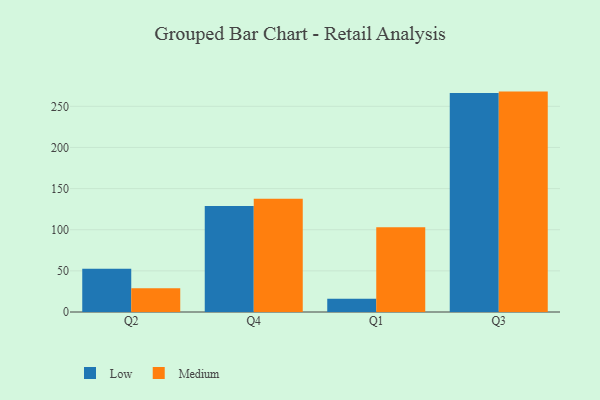
{"axis": {"x": "Quarter", "y": "Waste Production (Tons)"}, "legend": ["Low", "Medium"], "data": [{"x": "Q2", "y": 52.7, "type": "Low"}, {"x": "Q2", "y": 29.0, "type": "Medium"}, {"x": "Q4", "y": 128.8, "type": "Low"}, {"x": "Q4", "y": 137.8, "type": "Medium"}, {"x": "Q1", "y": 16.2, "type": "Low"}, {"x": "Q1", "y": 103.1, "type": "Medium"}, {"x": "Q3", "y": 266.2, "type": "Low"}, {"x": "Q3", "y": 267.9, "type": "Medium"}]}